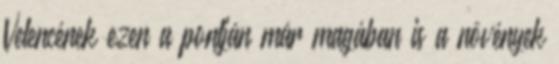
Velencének ezen a pontján már magában is a növények